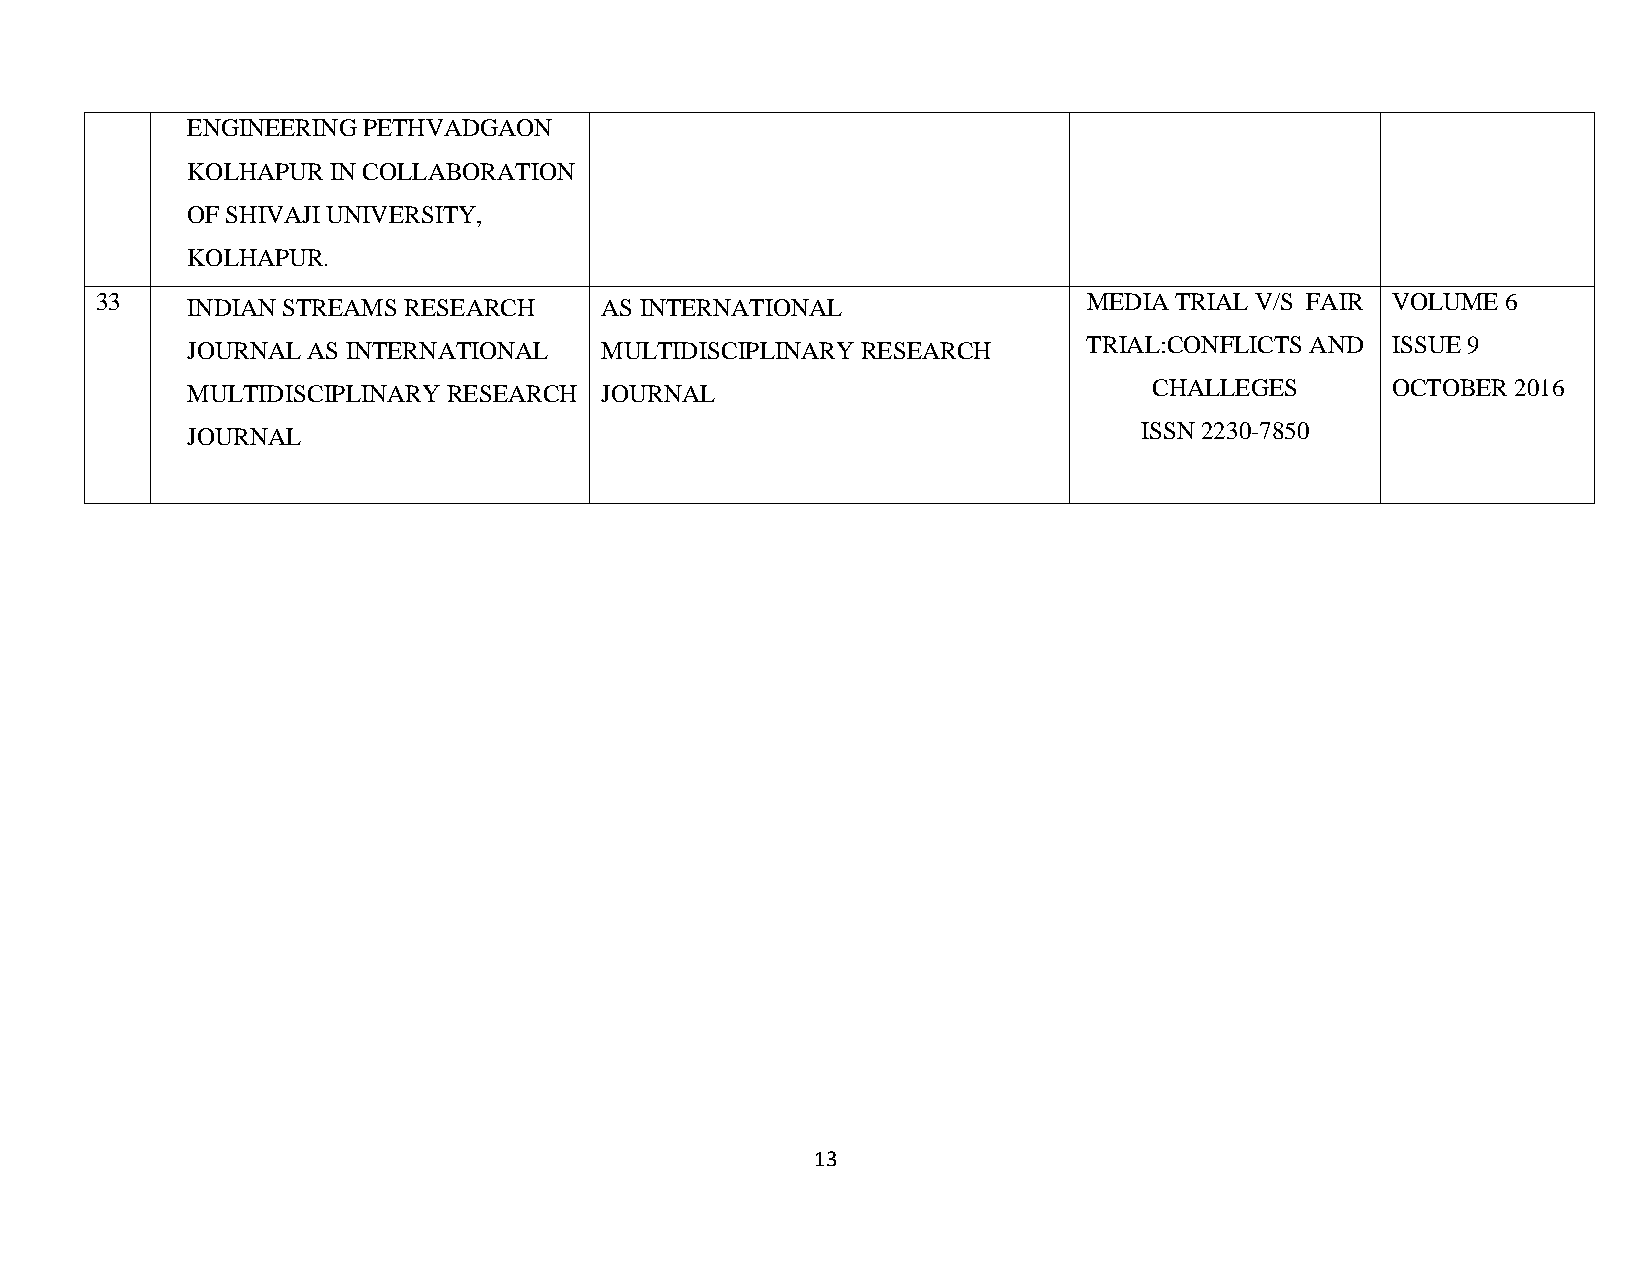
ENGINEERING PETHVADGAON
 KOLHAPUR  IN COLLABORATION
 OF SHIVAJI UNIVERSITY,
 KOLHAPUR.
 33    INDIAN STREAMS RESEARCH     AS INTERNATIONAL                MEDIA TRIAL V/S FAIR VOLUME 6
 JOURNAL AS INTERNATIONAL    MULTIDISCIPLINARY RESEARCH      TRIAL:CONFLICTS AND ISSUE 9
 MULTIDISCIPLINARY RESEARCH  JOURNAL                             CHALLEGES       OCTOBER 2016
 JOURNAL                                                        ISSN 2230-7850
 13